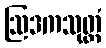
ဩဒကသုတ္တံ